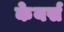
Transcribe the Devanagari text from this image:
केयर्स